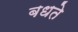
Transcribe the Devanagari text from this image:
बधते